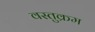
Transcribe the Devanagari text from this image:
वस्तुक्रम